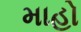
માહો